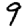
Digit: 9